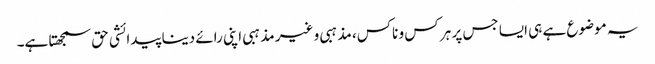
یہ موضوع ہے ہی ایسا جس پر ہر کس و ناکس، مذہبی و غیر مذہبی اپنی رائے دینا پیدائشی حق سمجھتا ہے۔